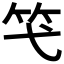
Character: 𥫝